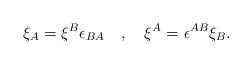
\begin{align*}\xi_{A}=\xi^{B}\epsilon_{BA}\quad,\quad \xi^{A}=\epsilon^{AB}\xi_{B}.\end{align*}